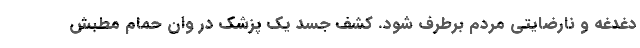
دغدغه و نارضایتی مردم برطرف شود. کشف جسد یک پزشک در وان حمام مطبش